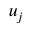
u _ { j }